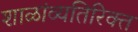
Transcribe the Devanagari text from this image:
शाळांव्यतिरिक्त